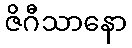
ဇိဂီသာနော